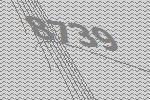
8739